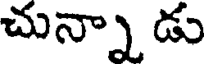
చున్నా డు